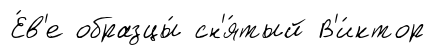
Е́в'е образцы́ сн'я́тый В'и́ктор